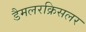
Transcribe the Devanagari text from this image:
डैमलरक्रिसलर